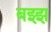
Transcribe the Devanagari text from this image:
बझ्झ